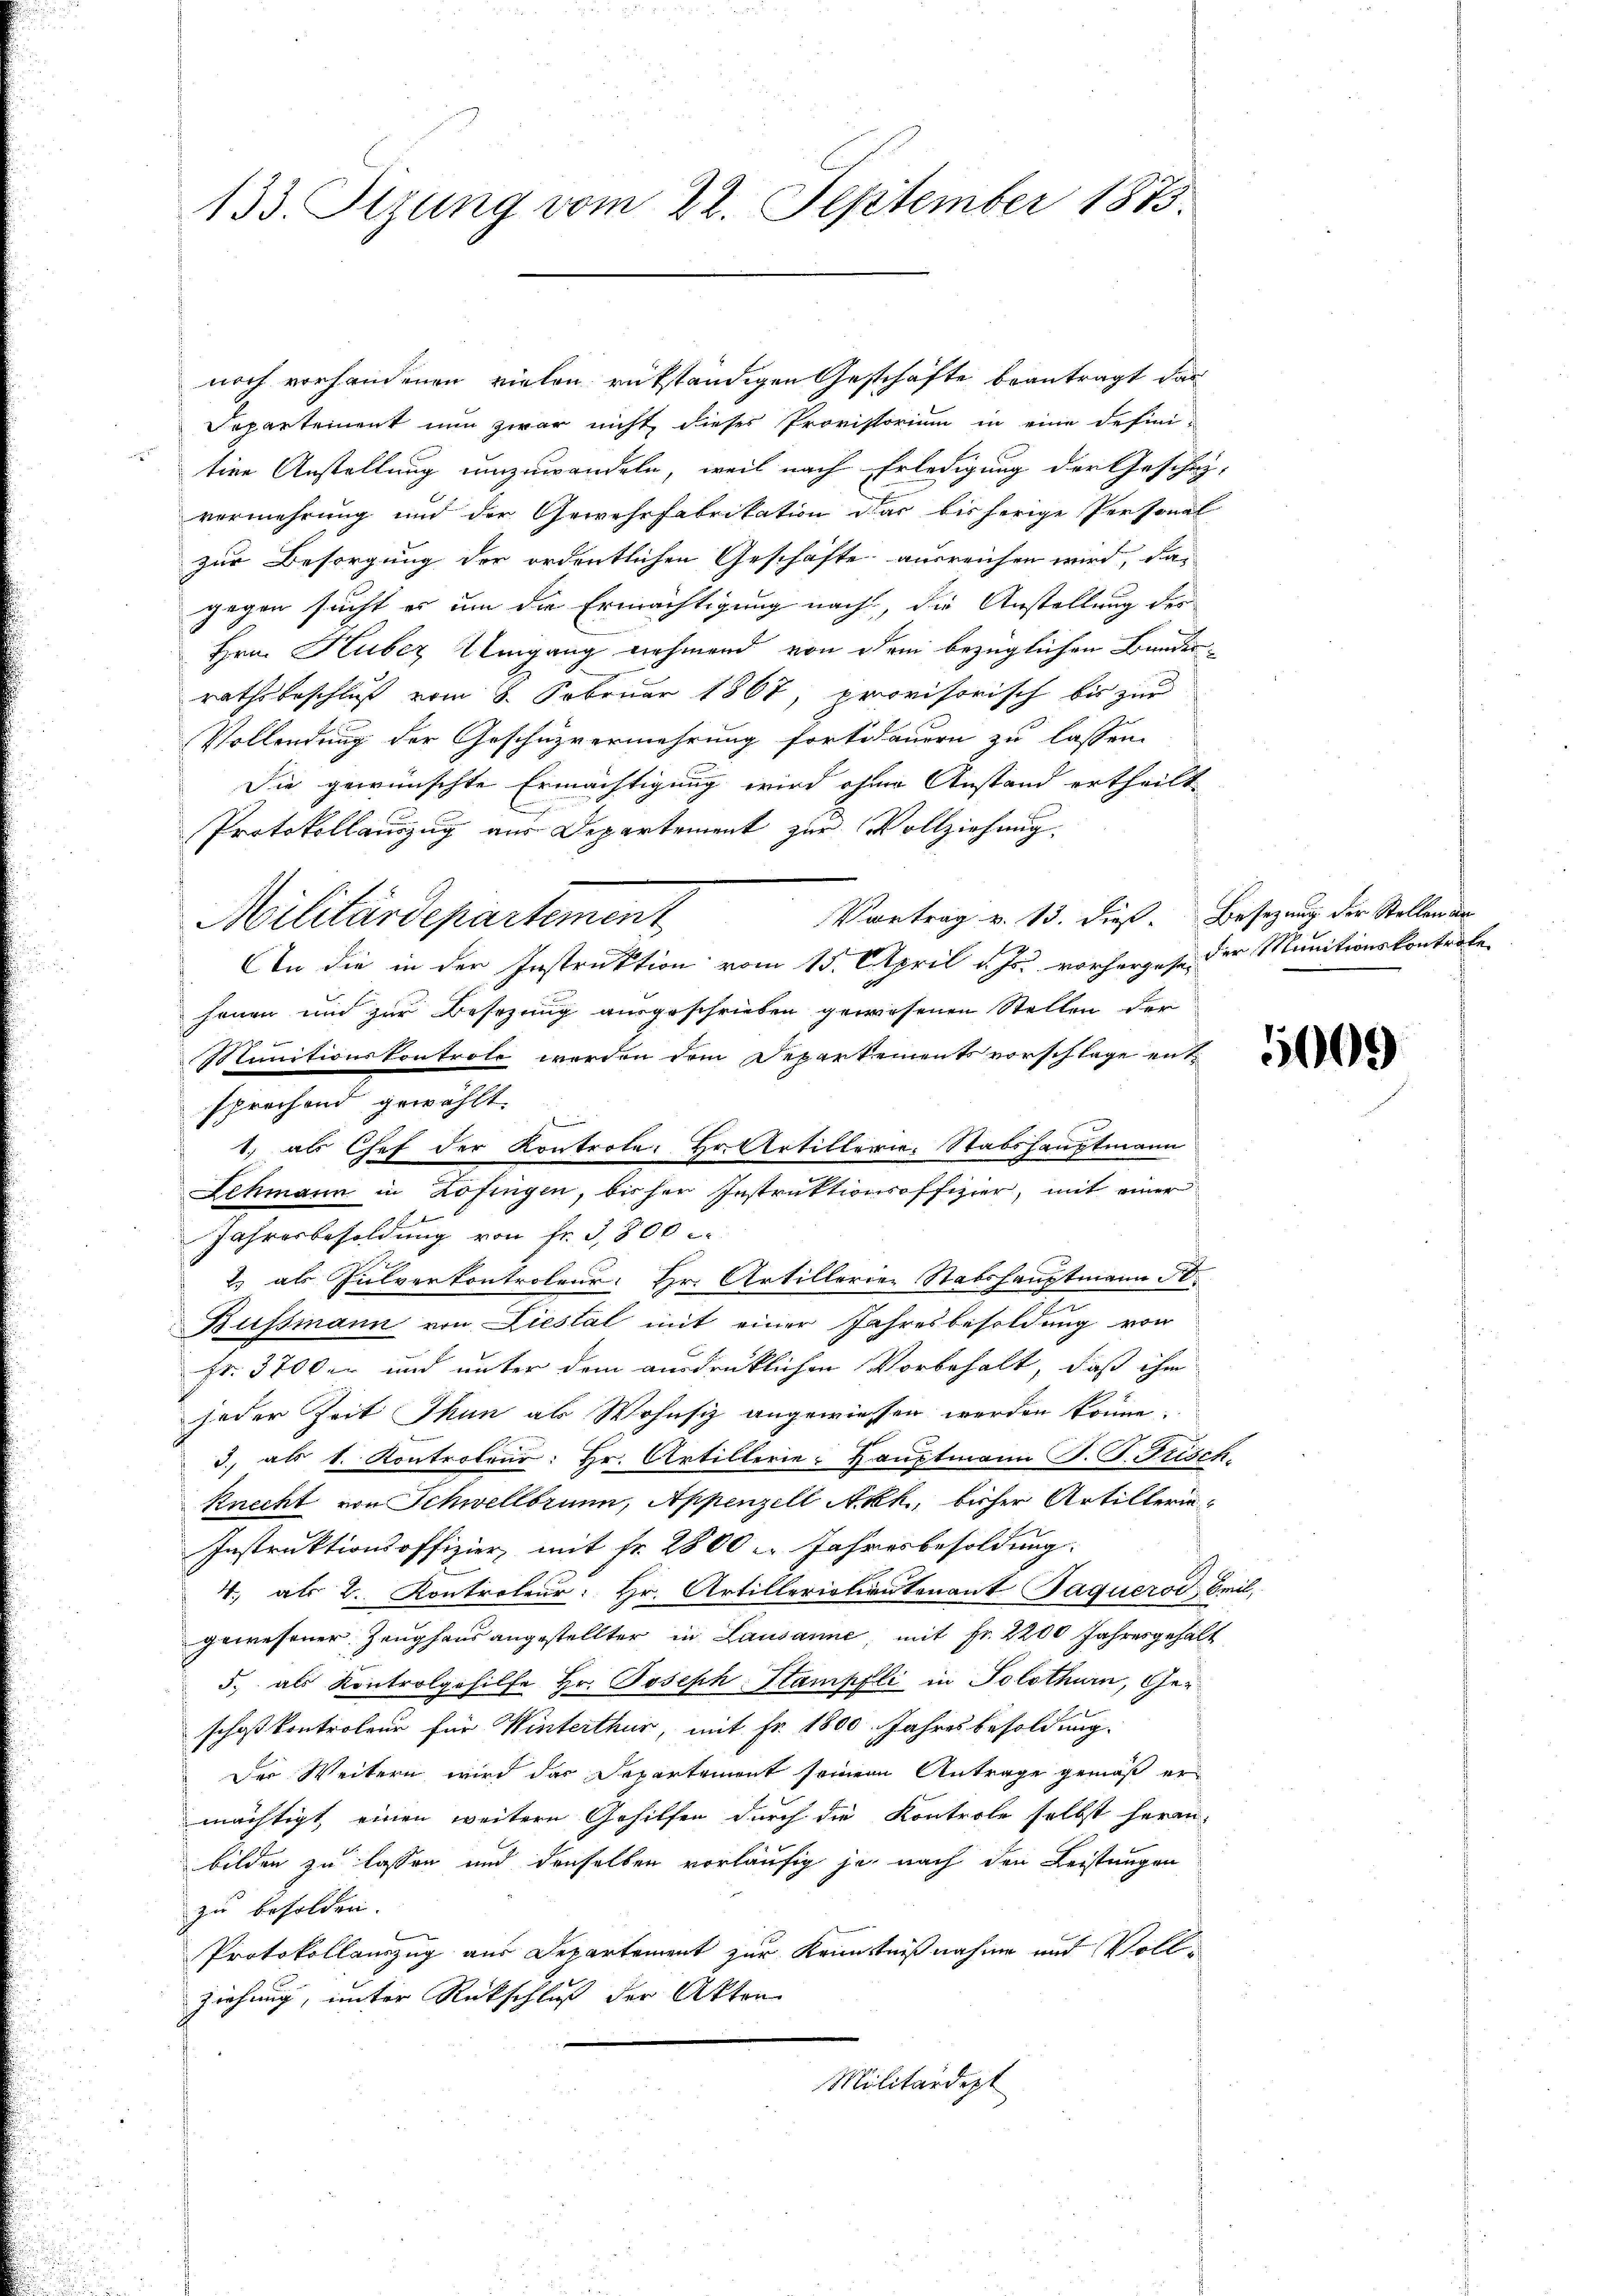
133. Sizung vom 22. September 1873.

noch vorhandenen vielen rükständigen Geschäfte beantragt das
Departement nun zwar nicht dieses Provistorium in eine defini-
tine Anstellung umzuwandeln, weil nach Erledigung der Geschei-
vermehrung und der Gewehrfabrikation das bisherige Personal
zur Besorgung der ordentlichen Geschäfte ausreichen wird, das
gegen sucht es um die Ermächtigung nach, die Anstellung des
Hrn. Huber Umgang nehmend von dem bezüglichen Bundes-
rathsbeschluß vom 8. Februar 1867, provisorisch bis zur
Vollendung der Geschüzvermehrung fortdauern zu lassen.
Die gewünschte Ermächtigung wird ohner Anstand ertheilt
Protokollauszug aus Departement zur Vollziehung.
Vortrag v. 13. dieß. Besetzung der Stellen de
In die in der Instruktion vom 15. April d. Js. vorherzusen der Munitionskontrole
senen und zur Besezung ausgeschrieben gewesenen Stellen der
Munitionskontrole werden dem Departements vorschlage ent-
1. als Chef der Kontrole: Hr. Artillerie, Stabshauptmann
Lehmann in Zofingen, bisher Instruktionsoffizier, mit einer
Jahresbesoldung von Fr. 3,800
i
2) als Pulverkontroleur: Hr. Artillerien Stabshauptmann 50.
e
Bussmann von Liestal mit einer Jahresbesoldung von
Fr. 3700er und unter dem ausdrüklichen Vorbehalt, daß ihm
jeder Zeit Thun als Wohnsiz angewiesen werden könne.
3., als 1. Kontroleur: Hr. Artillerie-Hauptmann P. P. Frisch.
Knecht von Schwellbrunn, Appenzell Akk, bisher Artillerie-
Instruktionsoffizier, mit fr. 2800 l. Jahresbesoldung.
4., als 2. Kontrateur: Hr. Artilleristiantenant Jaquerod, Beil,
gewesener Zeughaus angestellter in Lausanne, mit Fr. 2200 Jahresgehalt
5. als Kontrolgehilfe Hr. Joseph Stampfli in Solothurn, Geschoß kontroleur für Winterthur, mit Fr. 1800. Jahresbesoldung.
Der Weitern wird das Departement seinem Antrage gemäß ermächtigt, einen weitere Gehilfen durch die Kontrole selbst heran
bilden zu lassen und denselben vorläufig je nach den Leistungen
zu besolden.
Protokollauszug aus Departement zur Kenntnißnahme und Vollziehung, unter Rückschluß der Akten
Militärdept

Militärdepartement

sprechend gewählt.

5000